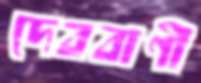
দেববাণী